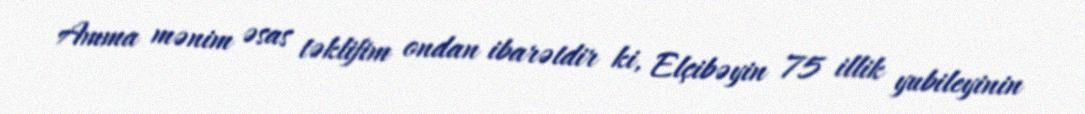
Amma mənim əsas təklifim ondan ibarətdir ki, Elçibəyin 75 illik yubileyinin